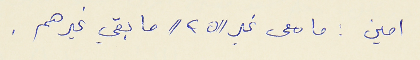
امين : ما معى غير // ٢٥ //  ما بقي غيرهم .